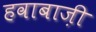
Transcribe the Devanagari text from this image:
हवाबाज़ी